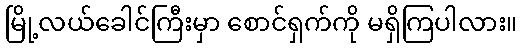
မြို့လယ်ခေါင်ကြီးမှာ စောင်ရှက်ကို မရှိကြပါလား။